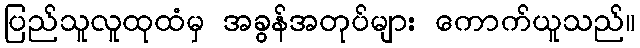
ပြည်သူလူထုထံမှ အခွန်အတုပ်များ ကောက်ယူသည်။